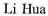
Li Hua